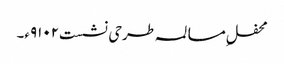
محفلِ مسالمہ طرحی نشست۹۱۰۲ء۔